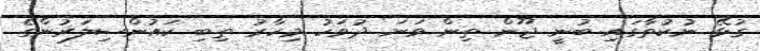
ގުޅޭ ނުކުތާގައި ބުނީ ޖޫން ތިން ވަނަ ދުވަހު މިހާރު ތިބި ކައުންސިލަރުންގެ